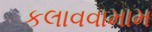
કલાવવામામ